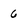
Character: 6